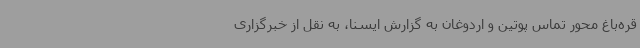
قره‌باغ محور تماس پوتین و اردوغان به گزارش ایسنا، به نقل از خبرگزاری